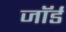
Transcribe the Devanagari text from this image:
जाॅर्ड